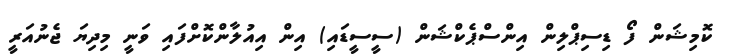
ކޮމިޝަން ފޯ ޑިސިޕްލިން އިންސްޕެކްޝަން (ސީސީޑައި) އިން އިއުލާންކޮށްފައި ވަނީ މިދިޔަ ޖެނުއަރީ